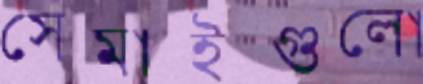
সেমাইগুলো